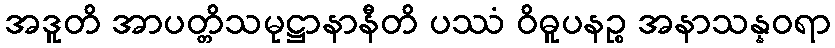
အဒူတိ အာပတ္တိသမုဋ္ဌာနာနီတိ ပဿံ ဝိဓူပနဉ္စ အနာသန္နဝရာ